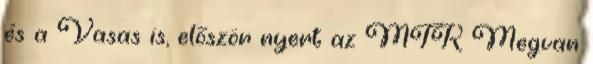
és a Vasas is, először nyert az MTK Megvan